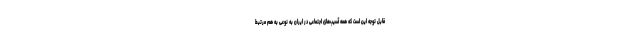
قابل توجه این است که همه آسیب‌های اجتماعی در ایران به نوعی به هم مرتبط